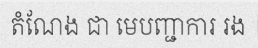
តំណែង ជា មេបញ្ជាការ រង